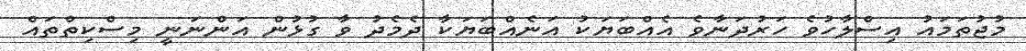
މުޖުތަމައު އިސްލާހުވެ ހަރުދަނާވެ އެއްބަޔަކު އަނެއްބަޔަކާ ދެމެދު ވާ ގުޅުން އަންނަނީ މިސްކިތްތައް